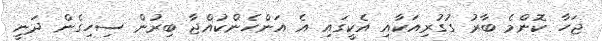
ޖަހާ ކޮންމެ ބާރު ގުގުރިއަކާއި އެކީގައި އެ އަންހެންކުއްޖާ ބިރުން ސިހިގެން ދަނީ